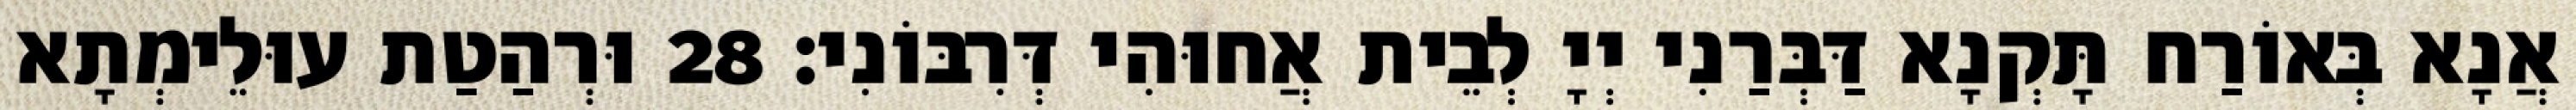
אֲנָא בְּאוֹרַח תָּקְנָא דַּבְּרַנִי יְיָ לְבֵית אֲחוּהִי דְּרִבּוֹנִי׃ 28 וּרְהַטַת עוּלֵימְתָא